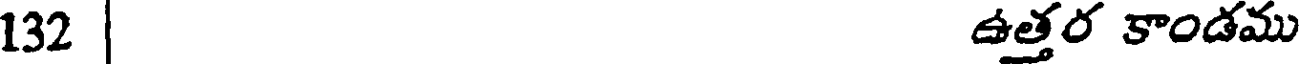
132 | ఉత్తర కాండము